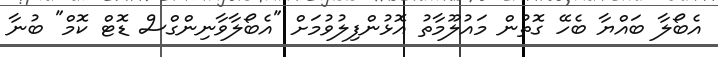
އެބޯލާ ބައްޔާ ބެހޭ ގޮތުން މައުލޫމާތު އޮޅުންފިލުވުމަށް "އެބޯލާވާނިންގްސް ޑޮޓް ކޮމް" ބުނާ